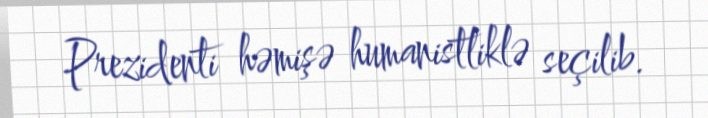
Prezidenti həmişə humanistliklə seçilib.